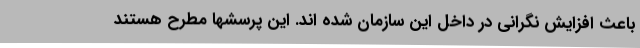
باعث افزایش نگرانی در داخل این سازمان شده اند. این پرسشها مطرح هستند